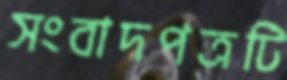
সংবাদপত্রটি